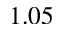
1 . 0 5